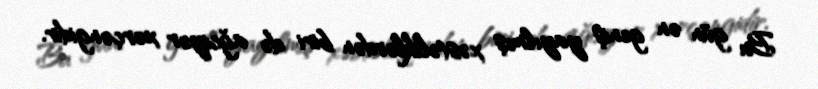
Bu gün ən geniş yayılmış xəstəliklərdən biri də ağciyər xərçəngidir.